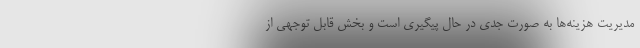
مدیریت هزینه‌ها به صورت جدی در حال پیگیری است و بخش قابل توجهی از